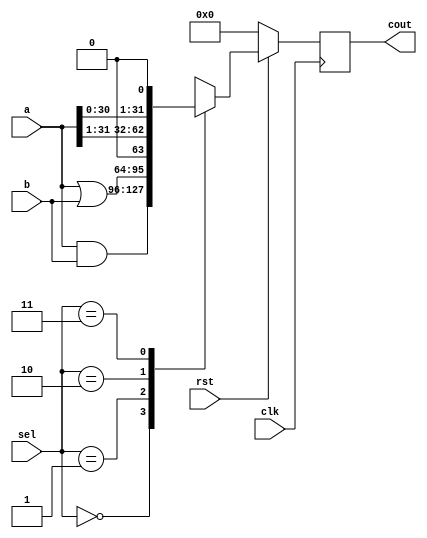
module alu32bit(cout,a,b,sel,clk,rst);
	input [31:0]a,b;
	input [1:0]sel;
	input clk,rst;
	output reg[31:0]cout;
	
	always @(posedge clk) begin
		if(~rst)
			cout<=0;
		else begin
			case (sel)
				0: cout<= a & b;
				1: cout<= a | b;
				2: cout<= a>>1;
				3: cout<= a<<1;
			endcase
		end
	end

 endmodule